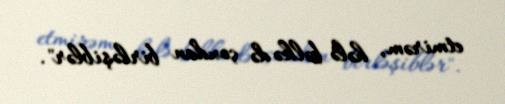
etmirəm, hələ bəlkə də çoxdan birləşiblər".